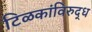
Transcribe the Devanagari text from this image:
टिळकांविरुद्ध